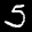
Label: 5